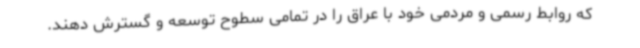
که روابط رسمی و مردمی خود با عراق را در تمامی سطوح توسعه و گسترش دهند.